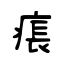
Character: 痮